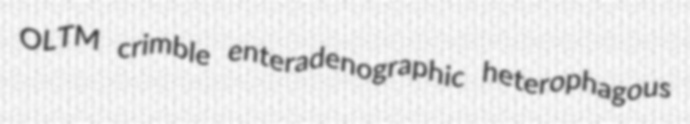
OLTM crimble enteradenographic heterophagous